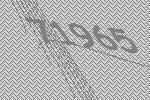
71965